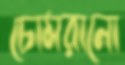
চোমরানো